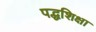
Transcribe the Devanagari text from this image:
पद्धशिक्षा